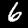
Digit: 6